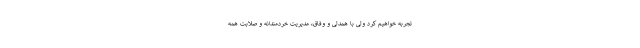
تجربه خواهیم کرد ولی با همدلی و وفاق، مدیریت خردمندانه و صلابت همه